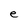
Character: e